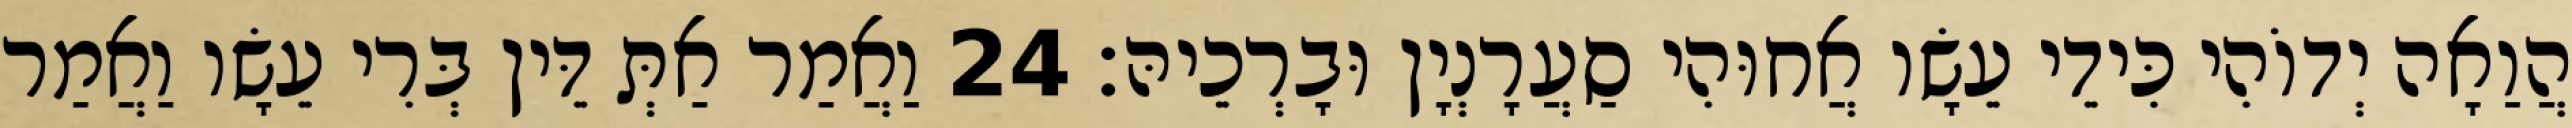
הֲוַאָה יְדוֹהִי כִּידֵי עֵשָׂו אֲחוּהִי סַעֲרָנְיָן וּבָרְכֵיהּ׃ 24 וַאֲמַר אַתְּ דֵּין בְּרִי עֵשָׂו וַאֲמַר